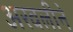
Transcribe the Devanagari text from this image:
अरवलीने